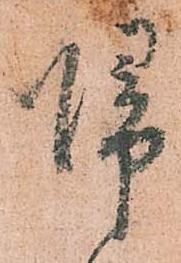
帰